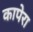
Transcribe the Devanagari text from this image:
कापेरा